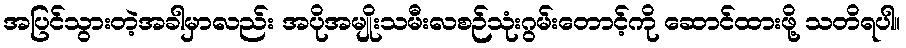
အပြင်သွားတဲ့အခါမှာလည်း အပိုအမျိုးသမီးလစဉ်သုံးဂွမ်းတောင့်ကို ဆောင်ထားဖို့ သတိရပါ။